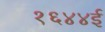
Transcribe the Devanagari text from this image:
१६४४ई